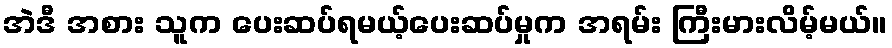
အဲဒီ အစား သူက ပေးဆပ်ရမယ့်ပေးဆပ်မှုက အရမ်း ကြီးမားလိမ့်မယ်။